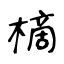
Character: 樀